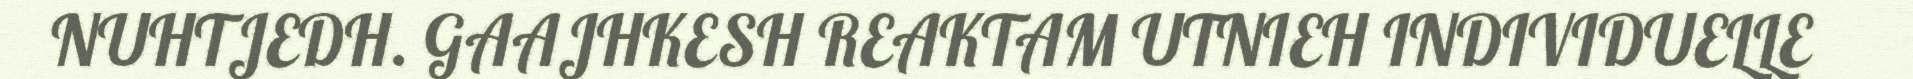
NUHTJEDH. GAAJHKESH REAKTAM UTNIEH INDIVIDUELLE